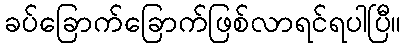
ခပ်ခြောက်ခြောက်ဖြစ်လာရင်ရပါပြီ။